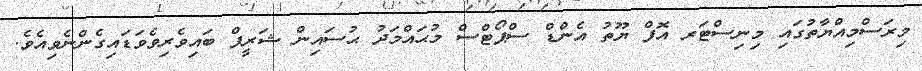
މިރަސްމިއްޔާތުގައި މިނިސްޓަރ އޮފް ޔޫތު އެންޑް ސްޕޯޓްސް މުޙައްމަދު ޙުސައިން ޝަރީފް ބައިވެރިވެވަޑައިގެންނެވިއެވެ.